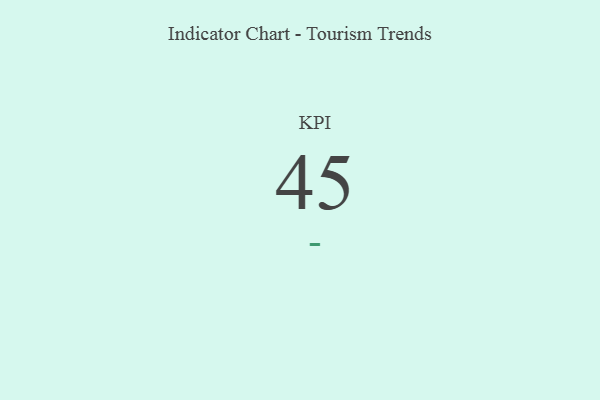
{"axis": {"x": "KPI", "y": "Value"}, "legend": [""], "data": [{"x": "KPI", "y": 45, "type": ""}]}